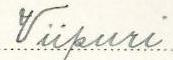
Viipuri